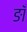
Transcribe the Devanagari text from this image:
ङाँ